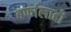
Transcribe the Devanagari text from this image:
बर्फालाही